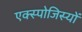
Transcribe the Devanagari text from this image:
एक्स्पोजिस्यों